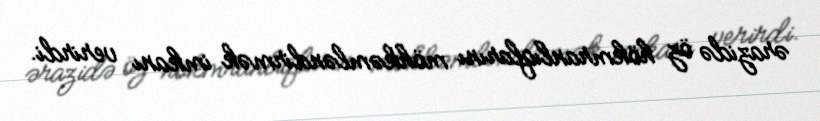
ərazidə öz hökmranlıqlarını möhkəmləndirmək imkanı verirdi.